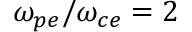
\omega _ { p e } / \omega _ { c e } = 2